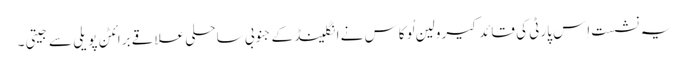
یہ نشست اِس پارٹی کی قائد کیرولین لُوکاس نے انگلینڈ کے جنوبی ساحلی علاقے برائٹن پویلی سے جیتی۔